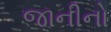
જાનીનો